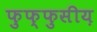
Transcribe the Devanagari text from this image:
फुफ्फुसीय़